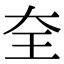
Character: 𡘇